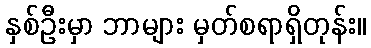
နှစ်ဦးမှာ ဘာများ မှတ်စရာရှိတုန်း။